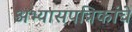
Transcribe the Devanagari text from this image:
अभ्यासपत्रिकांचे